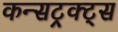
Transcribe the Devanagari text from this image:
कन्सट्रक्ट्स